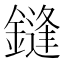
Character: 鏠